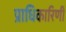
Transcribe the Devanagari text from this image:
प्राधिकारिणी